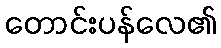
တောင်းပန်လေ၏